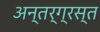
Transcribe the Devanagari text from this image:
अन्‍तर्ग्रस्‍त